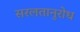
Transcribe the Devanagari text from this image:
सरलतानुरोध